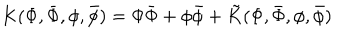
LaTeX: K ( \Phi , \bar { \Phi } , \phi , \bar { \phi } ) = \Phi \bar { \Phi } + \phi \bar { \phi } + \tilde { K } ( \Phi , \bar { \Phi } , \phi , \bar { \phi } )